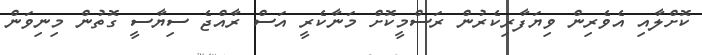
ކޮށްލާއި އެވެރިން ވިޔަފާރިކެރުން ރަސްމީކޮށް މަނާކެރީ އަސް ރާއްޖެ ސިޔާސީ ގޮތުން މިނިވަން